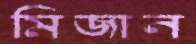
মিজান